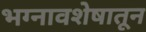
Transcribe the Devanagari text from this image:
भग्नावशेषातून